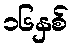
၁၆နှစ်